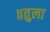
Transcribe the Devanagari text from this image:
॥तुला